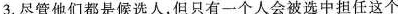
3.尽管他们都是候选人,但只有一个人会被选中担任这个